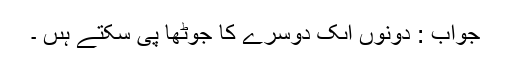
جواب : دونوں اىک دوسرے کا جُوٹھا پى سکتے ہىں ۔